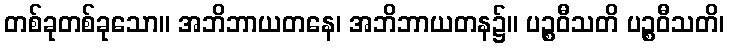
တစ်ခုတစ်ခုသော။ အဘိဘာယတနေ၊ အဘိဘာယတန၌။ ပဉ္စဝီသတိ ပဉ္စဝီသတိ၊